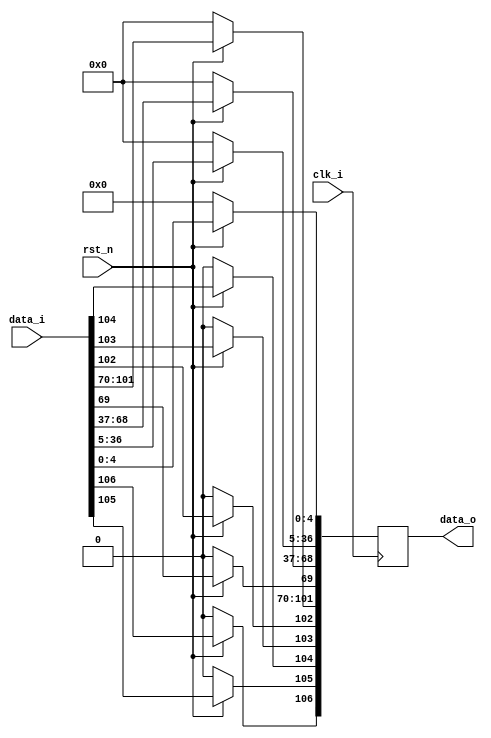
module Pipe_Reg_EXMEM (
  clk_i,
  rst_n,
  data_i,
  data_o
);

  parameter size = 107;

  //I/O ports
  input clk_i;
  input rst_n;
  input [size-1:0] data_i;

  output [size-1:0] data_o;

  //Internal Signals
  reg [size-1:0] data_o;

  //Main function
  /*your code here*/
  
  always @(posedge clk_i) begin
	
	if(~rst_n)
		data_o <= 107'b0;
	else	begin
		data_o[4:0] <= data_i[4:0];			//5-bit from mux_write_reg (write reg address)
		data_o[36:5] <= data_i[36:5];		//32-bit from Pipe_Reg_IDEX[116:85] (ReadData2)
		data_o[68:37] <= data_i[68:37];		//32-bit from mux_RDdata_out (ALU/Shifter/ZF result)
		data_o[69] <= data_i[69];			//1-bit from mux_BranchType_out (BranchType)
		data_o[101:70] <= data_i[101:70];	//32-bit from adder_out2 (branch address)
		data_o[102] <= data_i[102];			//1-bit from Pipe_Reg_IDEX[188] (MemWrite)
		data_o[103] <= data_i[103];			//1-bit from Pipe_Reg_IDEX[189] (MemRead)
		data_o[104] <= data_i[104];			//1-bit from Pipe_Reg_IDEX[190] (Branch)
		data_o[105] <= data_i[105];			//1-bit from Pipe_Reg_IDEX[191] (MemtoReg)
		data_o[106] <= data_i[106];			//1-bit from Pipe_Reg_IDEX[192] (RegWrite)
		end
	
  end

endmodule